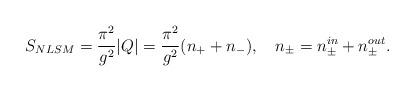
LaTeX: \begin{align*}S_{NLSM} = {\pi^2 \over g^2}|Q| = {\pi^2 \over g^2} (n_{+} + n_{-}), \quad n_{\pm} = n_{\pm}^{in} + n_{\pm}^{out} .\end{align*}